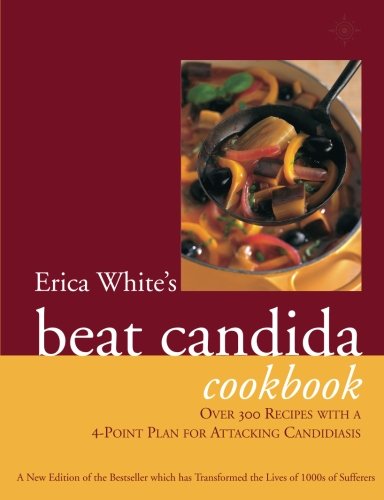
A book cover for Erica White's Beat Candida Cookbook; Erica White; Health, Fitness & Dieting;